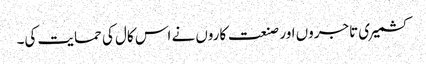
کشمیری تاجروں اور صنعت کاروں نے اس کال کی حمایت کی۔